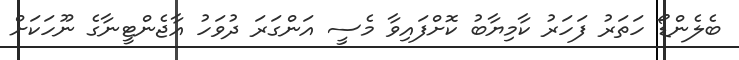
ބެލެންޑޯ ހަތަރު ފަހަރު ކާމިޔާބު ކޮށްފައިވާ މެސީ އަންގަރަ ދުވަހު އާޖެންޓީނާގެ ނޫހަކަށް